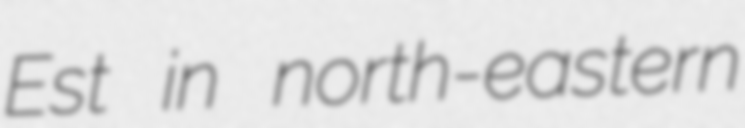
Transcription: Est in north-eastern